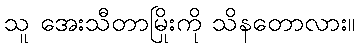
သူ အေးသီတာမြိုးကို သိနတောလား။